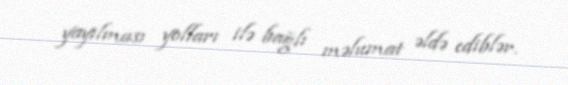
yayılması yolları ilə bağlı məlumat əldə ediblər.